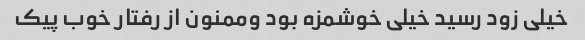
خیلی زود رسید خیلی خوشمزه بود وممنون از رفتار خوب پیک